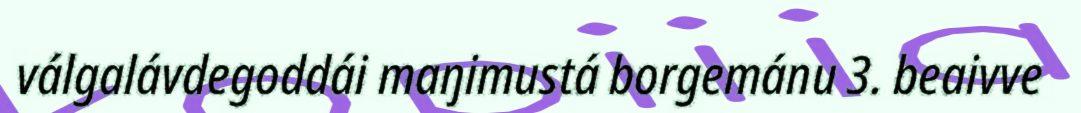
válgalávdegoddái maŋimustá borgemánu 3. beaivve